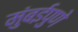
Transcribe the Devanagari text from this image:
मुंबईपुणे